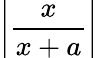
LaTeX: \left|{\frac{x}{x+a}}\right|